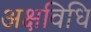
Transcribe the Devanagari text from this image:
अक्षविधि